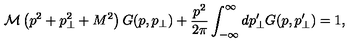
\mathcal { M } \left( p ^ { 2 } + p _ { \perp } ^ { 2 } + M ^ { 2 } \right) G ( p , p _ { \perp } ) + \frac { p ^ { 2 } } { 2 \pi } \int _ { - \infty } ^ { \infty } d p _ { \perp } ^ { \prime } G ( p , p _ { \perp } ^ { \prime } ) = 1 ,